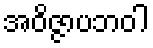
အဝိဇ္ဇာပဘဝါ